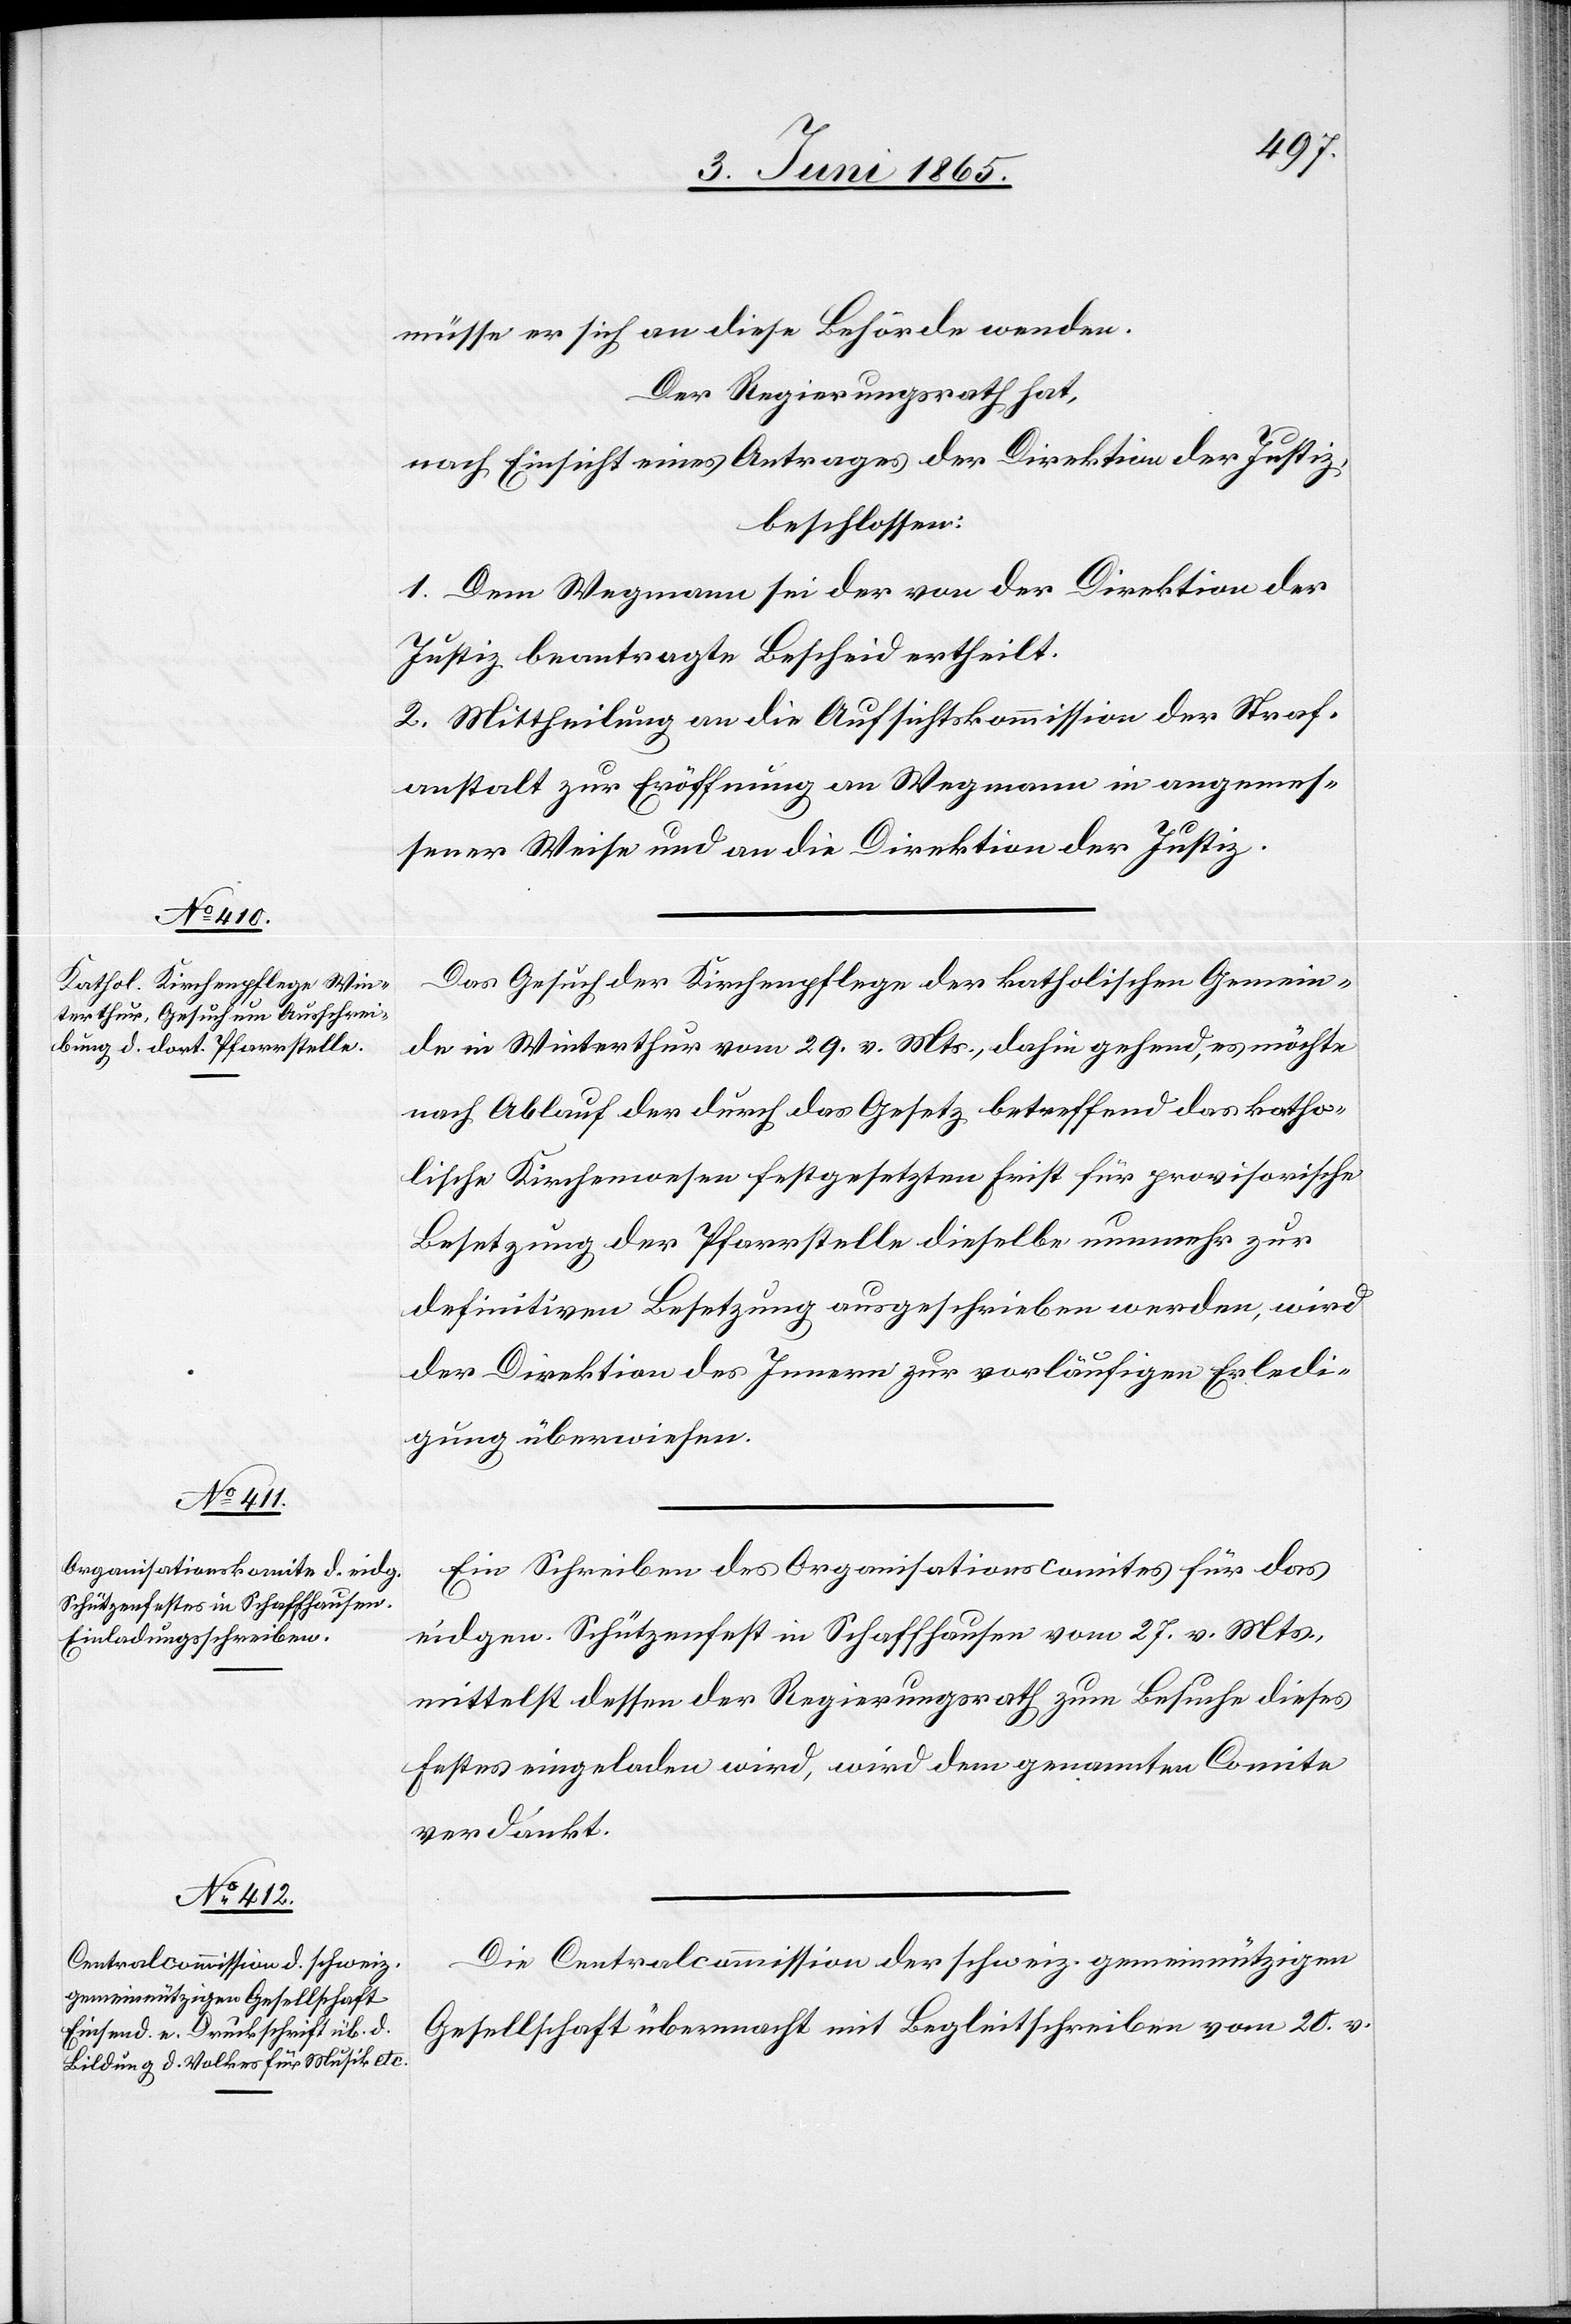
müsse er sich an diese Behörde wenden.
Der Regierungsrath hat,
nach Einsicht eines Antrages der Direktion der Justiz,
beschlossen:
1. Dem Wegmann sei der von der Direktion der
Justiz beantragte Bescheid ertheilt.
2. Mittheilung an die Aufsichtskommission der Straf¬
anstalt zur Eröffnung an Wegmann in angemes¬
sener Weise und an die Direktion der Justiz.
Das Gesuch der Kirchenpflege der katholischen Gemein¬
de in Winterthur vom 29. v. Mts., dahin gehend, es möchte
nach Ablauf der durch das Gesetz betreffend das katho¬
lische Kirchenwesen festgesetzten Frist für provisorische
Besetzung der Pfarrstelle dieselbe nunmehr zur
definitiven Besetzung ausgeschrieben werden, wird
der Direktion des Innern zur vorläufigen Erledi¬
gung überwiesen.
Ein Schreiben des Organisationscomites für das
eidgen. Schützenfest in Schaffhausen vom 27. v. Mts.,
mittelst dessen der Regierungsrath zum Besuche dieses
Festes eingeladen wird, wird dem genannten Comite
verdankt.
Die Centralcommission der schweiz. gemeinnützigen
Gesellschaft übermacht mit Begleitschreiben vom 20. v.